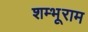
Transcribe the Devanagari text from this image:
शम्भूराम